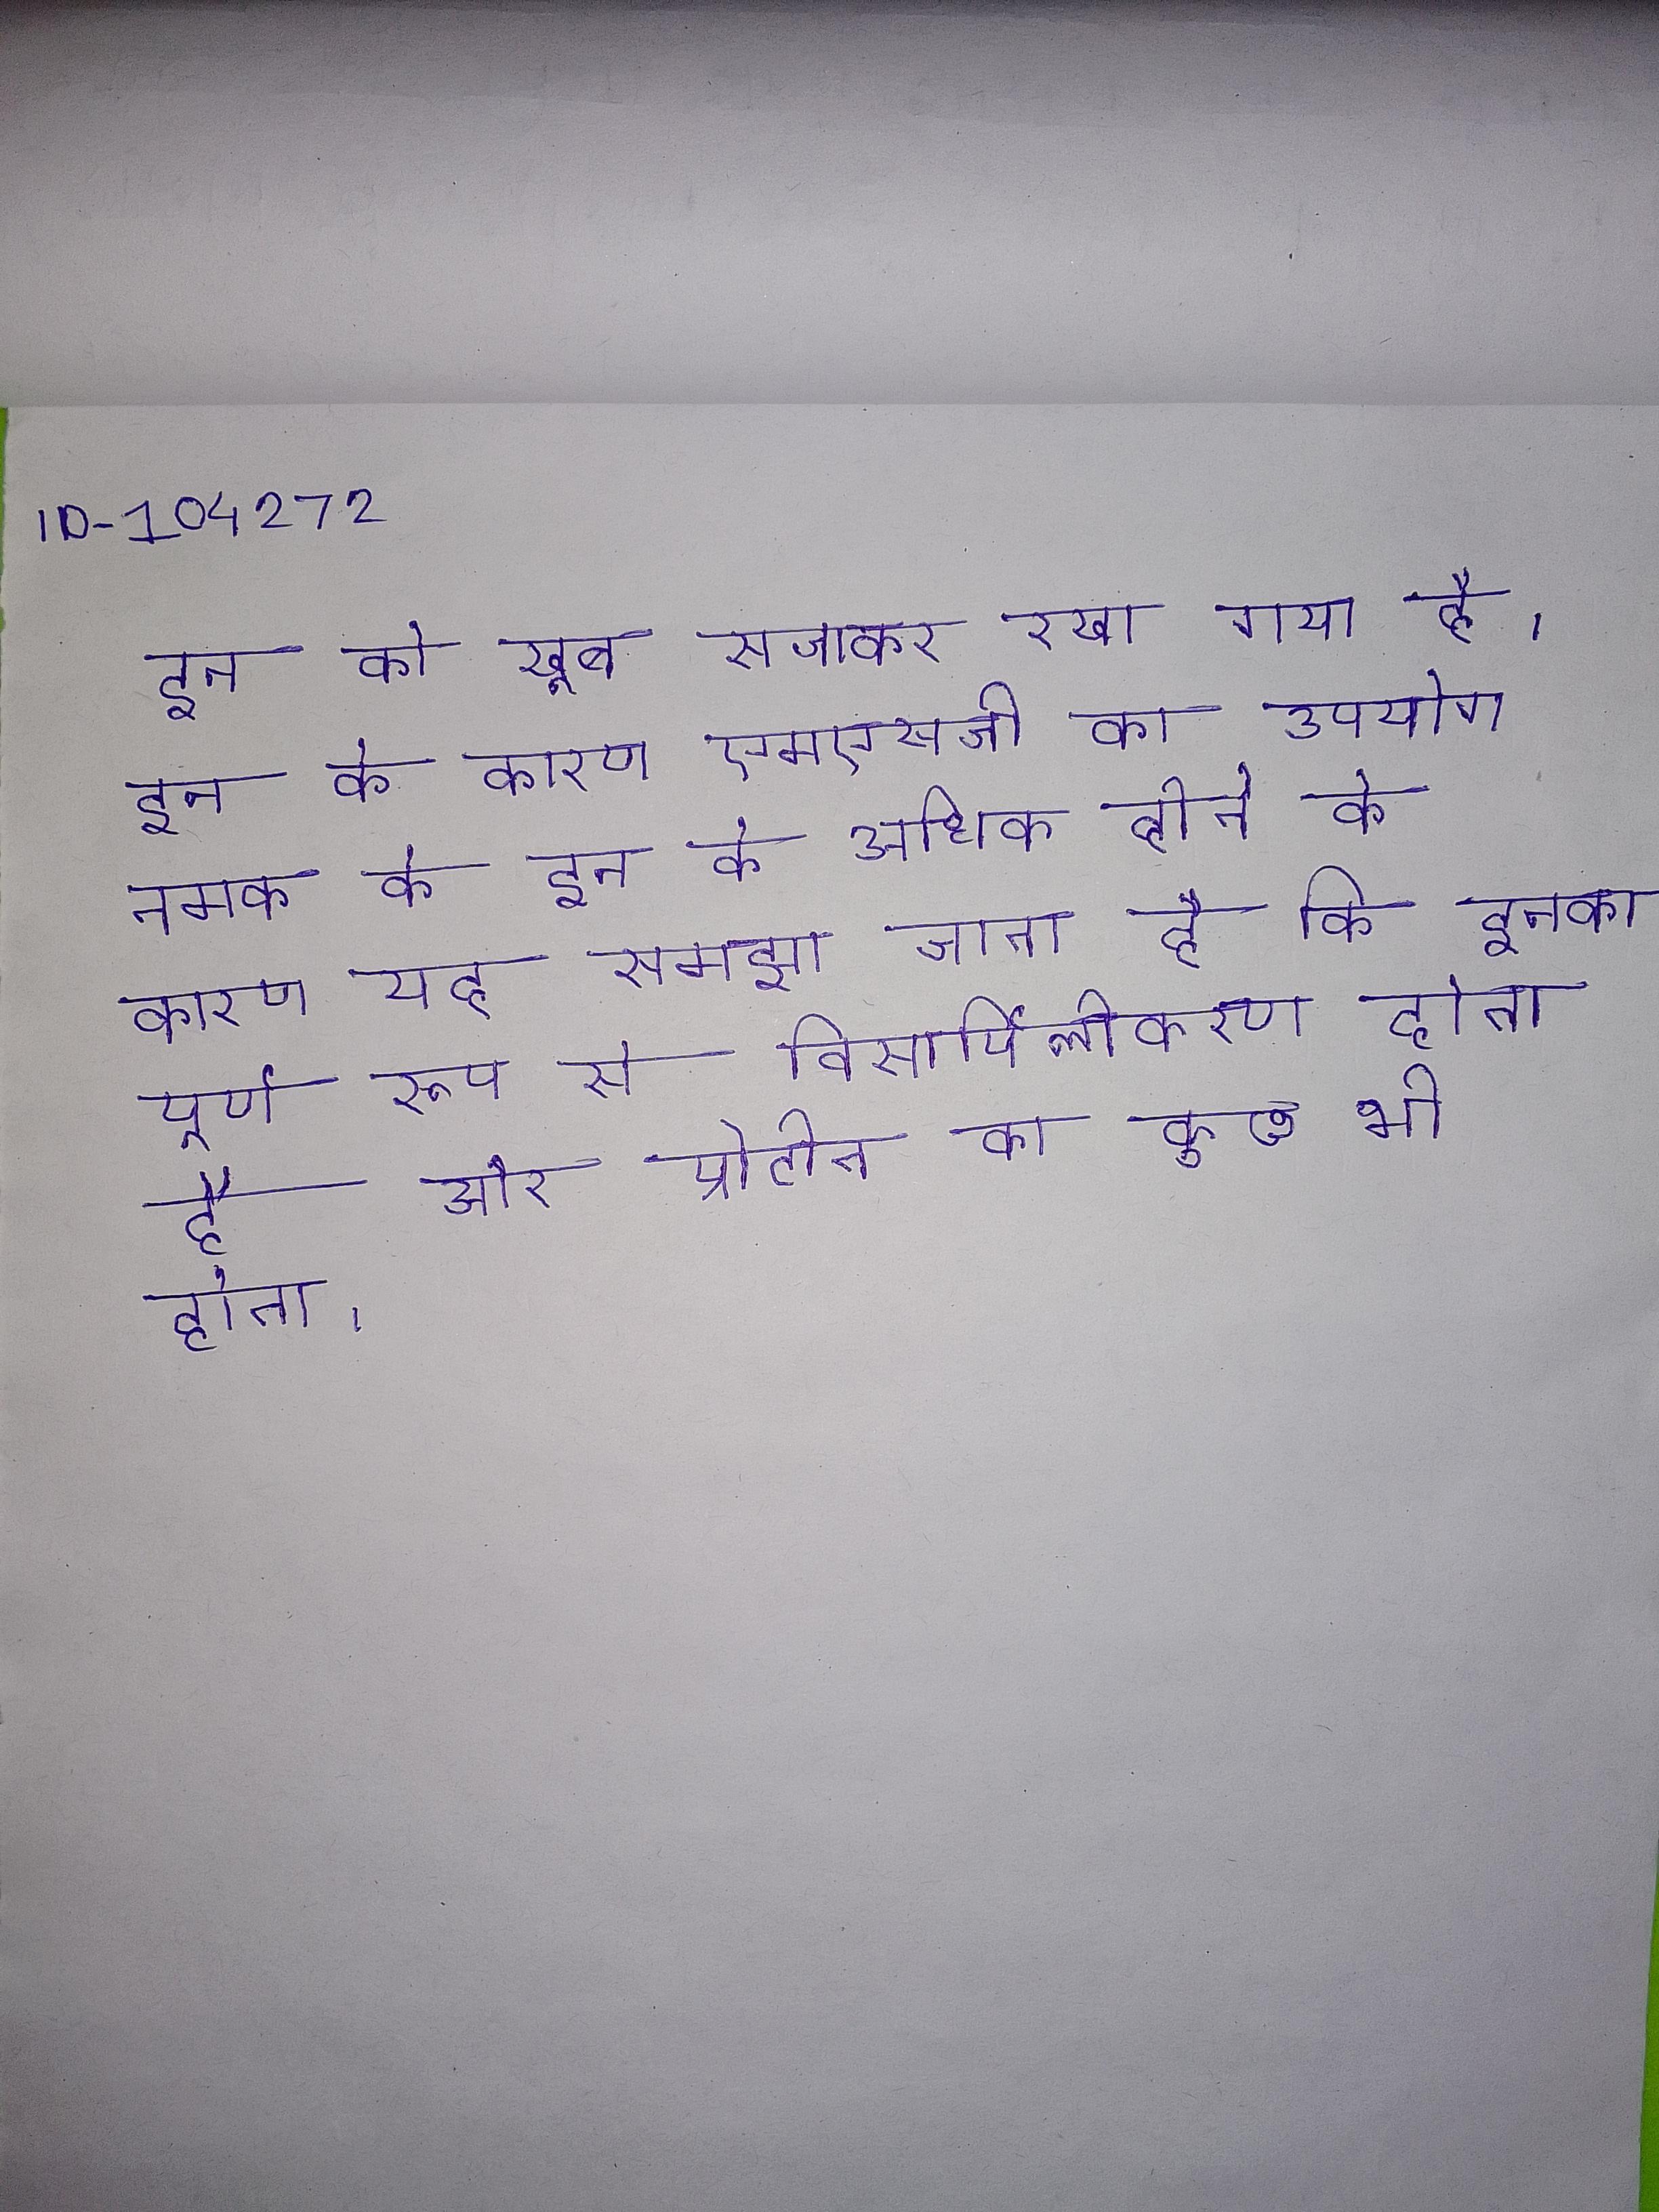
इन को खूब सजाकर रखा गया है । इन के कारण एमएसजी का उपयोग नमक के इन के अधिक होने के कारण यह समझा जाता है कि इनका पूर्ण रूप से विसर्पिलीकरण होता है और प्रोटीन का कुछ भी होता ।